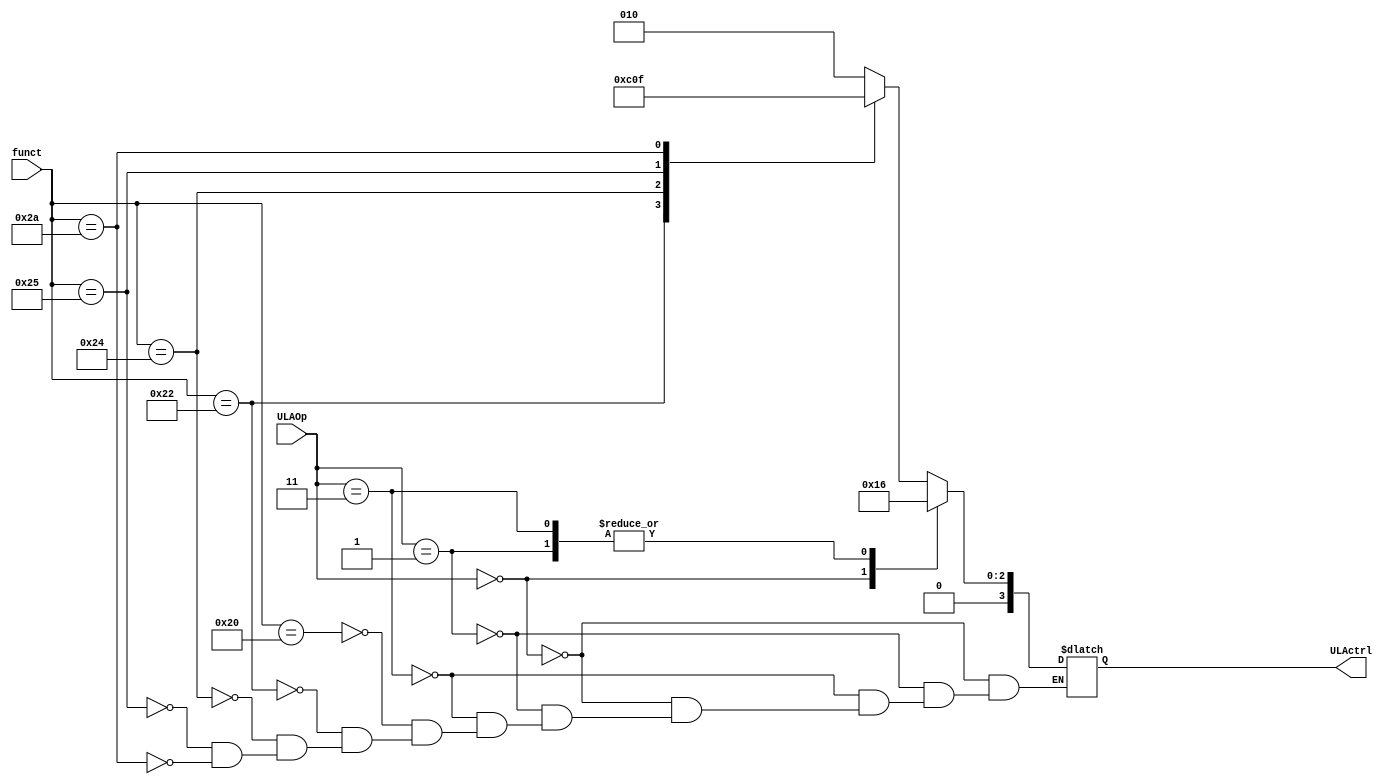
module ALUctr (ULAOp, funct, ULActrl);
    input wire [1:0] ULAOp;
    input wire [5:0] funct;
    output reg [3:0] ULActrl;
    always@(ULAOp,funct)
    case(ULAOp)
    2'b00: ULActrl <= 4'b0010; 
    2'b01: ULActrl <= 4'b0110;
    2'b11: ULActrl <= 4'b0110;
    default: case(funct)
                      6'b100000 : ULActrl = 4'b0010;
                      6'b100010 : ULActrl = 4'b0110;
                      6'b100100 : ULActrl = 4'b0000;
                      6'b100101 : ULActrl = 4'b0001;
                      6'b101010 : ULActrl = 4'b0111;
        endcase
    endcase
    endmodule